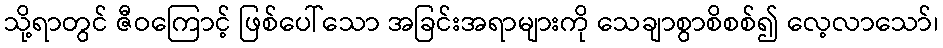
သို့ရာတွင် ဇီဝကြောင့် ဖြစ်ပေါ်သော အခြင်းအရာများကို သေချာစွာစိစစ်၍ လေ့လာသော်၊